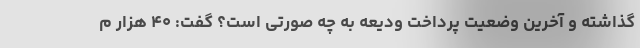
گذاشته و آخرین وضعیت پرداخت ودیعه به چه صورتی است؟ گفت: ۴۰ هزار م